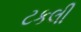
ટકલી